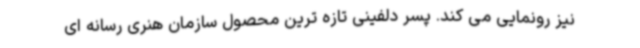
نیز رونمایی می کند. پسر دلفینی تازه ترین محصول سازمان هنری رسانه ای